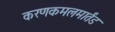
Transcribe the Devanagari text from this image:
करणकमलमार्तंड